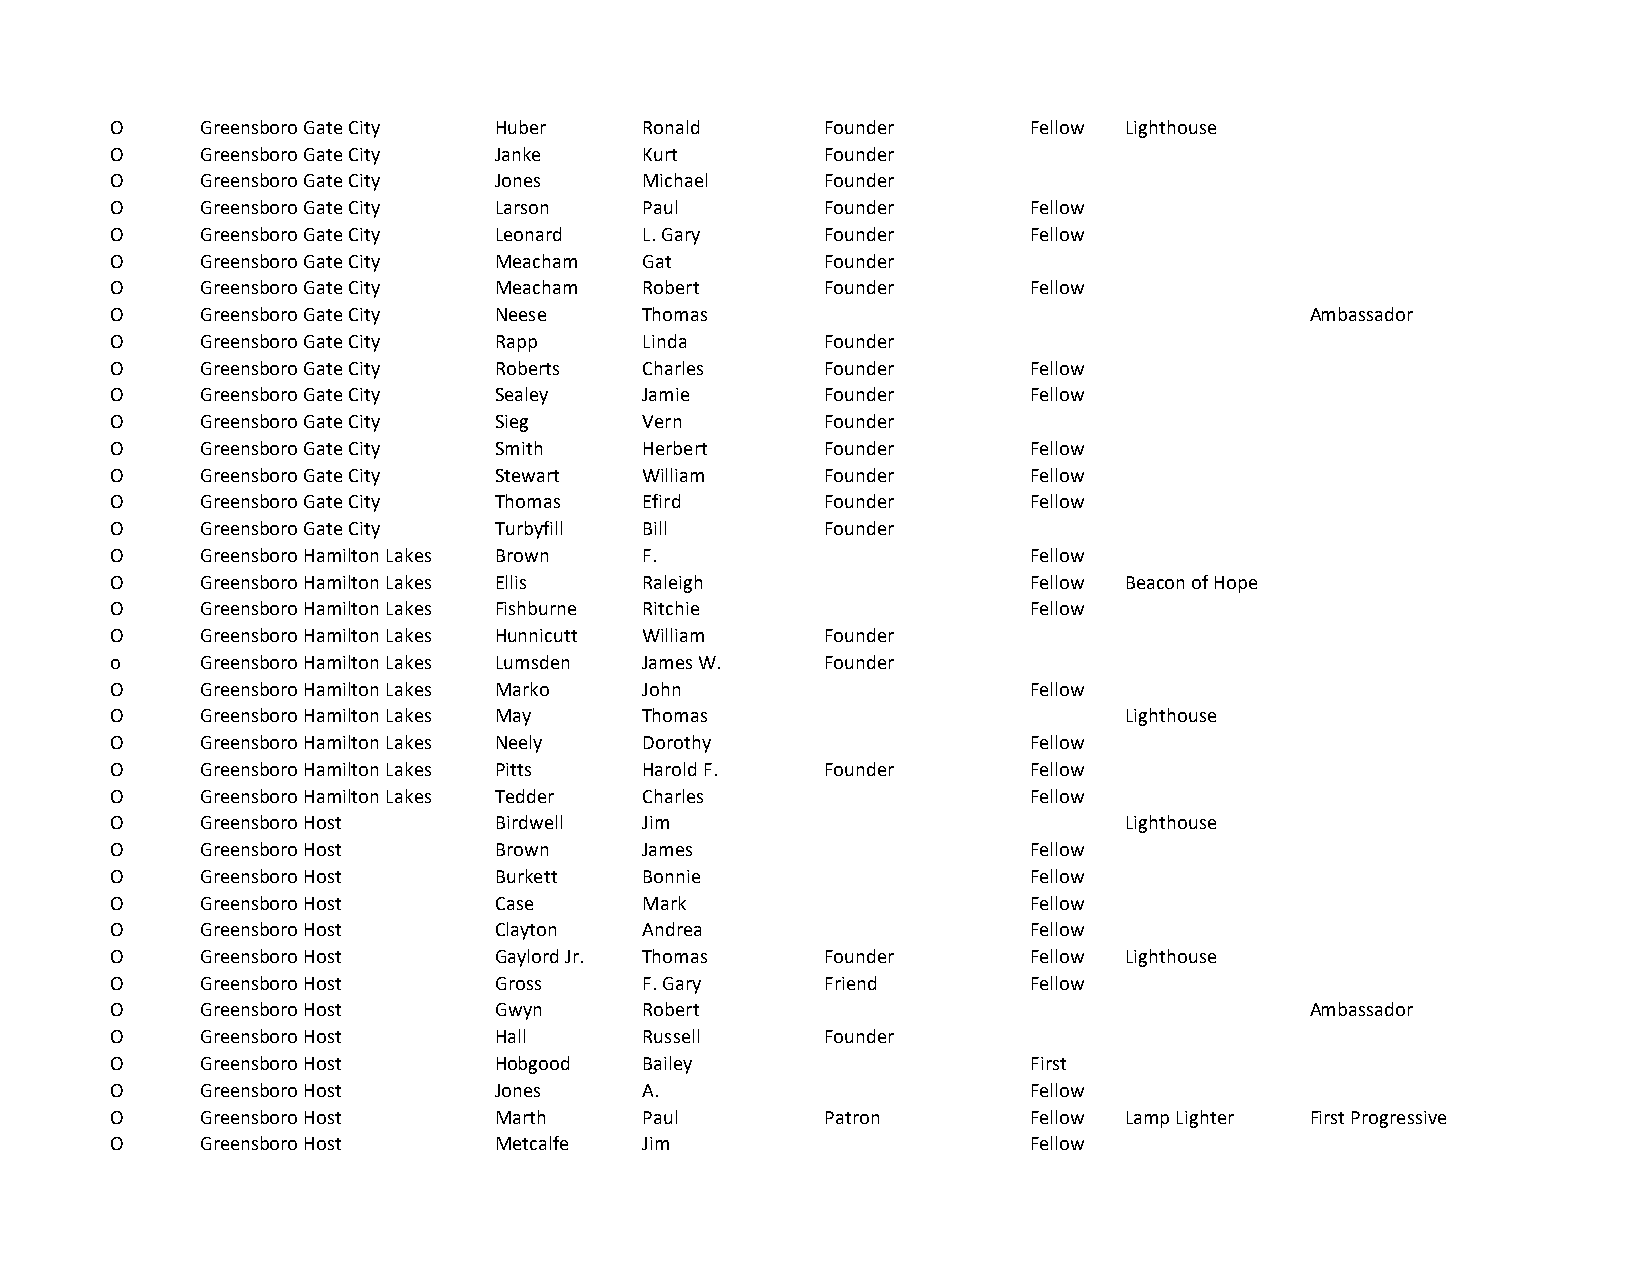
O     Greensboro Gate City Huber    Ronald      Founder      Fellow Lighthouse
 O     Greensboro Gate City Janke    Kurt        Founder
 O     Greensboro Gate City Jones    Michael     Founder
 O     Greensboro Gate City Larson   Paul        Founder      Fellow
 O     Greensboro Gate City Leonard  L. Gary     Founder      Fellow
 O     Greensboro Gate City Meacham  Gat         Founder
 O     Greensboro Gate City Meacham  Robert      Founder      Fellow
 O     Greensboro Gate City Neese    Thomas                                      Ambassador
 O     Greensboro Gate City Rapp     Linda       Founder
 O     Greensboro Gate City Roberts  Charles     Founder      Fellow
 O     Greensboro Gate City Sealey   Jamie       Founder      Fellow
 O     Greensboro Gate City Sieg     Vern        Founder
 O     Greensboro Gate City Smith    Herbert     Founder      Fellow
 O     Greensboro Gate City Stewart  William     Founder      Fellow
 O     Greensboro Gate City Thomas   Efird       Founder      Fellow
 O     Greensboro Gate City Turbyfill Bill       Founder
 O     Greensboro Hamilton Lakes Brown F.                     Fellow
 O     Greensboro Hamilton Lakes Ellis Raleigh                Fellow Beacon of Hope
 O     Greensboro Hamilton Lakes Fishburne Ritchie            Fellow
 O     Greensboro Hamilton Lakes Hunnicutt William Founder
 o     Greensboro Hamilton Lakes Lumsden James W. Founder
 O     Greensboro Hamilton Lakes Marko John                   Fellow
 O     Greensboro Hamilton Lakes May Thomas                         Lighthouse
 O     Greensboro Hamilton Lakes Neely Dorothy                Fellow
 O     Greensboro Hamilton Lakes Pitts Harold F. Founder      Fellow
 O     Greensboro Hamilton Lakes Tedder Charles               Fellow
 O     Greensboro Host     Birdwell  Jim                            Lighthouse
 O     Greensboro Host     Brown     James                    Fellow
 O     Greensboro Host     Burkett   Bonnie                   Fellow
 O     Greensboro Host     Case      Mark                     Fellow
 O     Greensboro Host     Clayton   Andrea                   Fellow
 O     Greensboro Host     Gaylord Jr. Thomas    Founder      Fellow Lighthouse
 O     Greensboro Host     Gross     F. Gary     Friend       Fellow
 O     Greensboro Host     Gwyn      Robert                                      Ambassador
 O     Greensboro Host     Hall      Russell     Founder
 O     Greensboro Host     Hobgood   Bailey                   First
 O     Greensboro Host     Jones     A.                       Fellow
 O     Greensboro Host     Marth     Paul        Patron       Fellow Lamp Lighter First Progressive
 O     Greensboro Host     Metcalfe  Jim                      Fellow